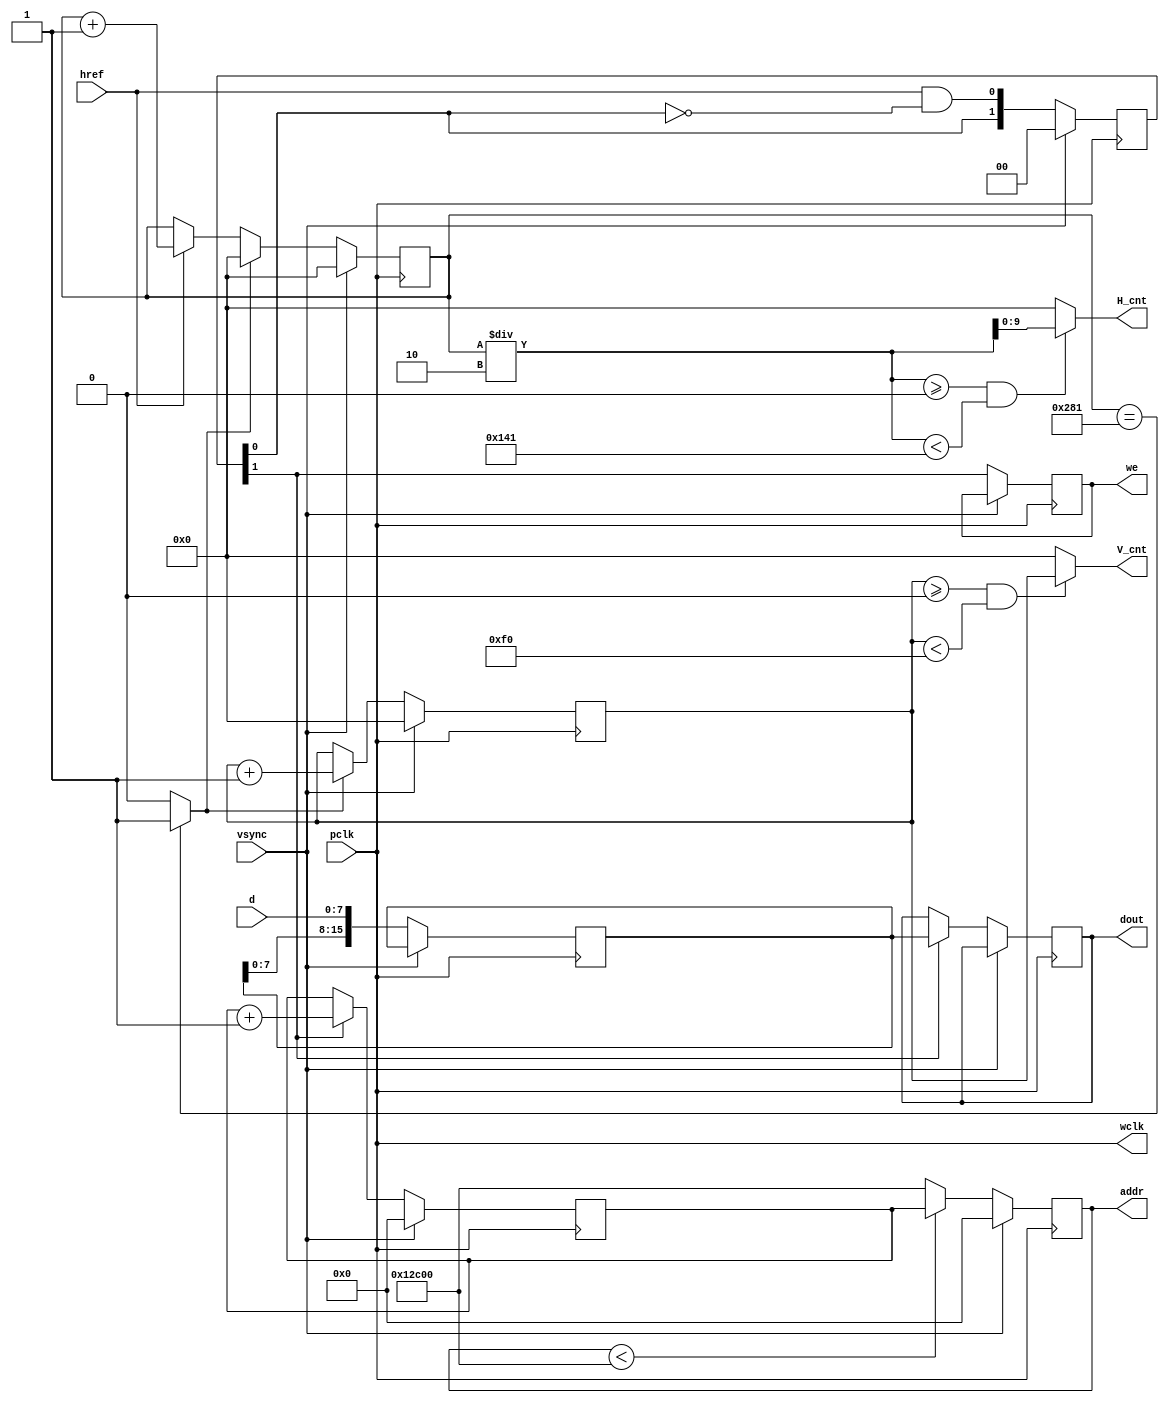
`timescale 1ns / 1ns
//////////////////////////////////////////////////////////////////////////////////
// Company: Xilinx
// 
// Design Name: Interface IP
// Module Name: cam_ov7670_ov7725
// Project Name: cam_ov7670_ov7725
// Target Devices: 
// Tool Versions: 
// Description: 
// 
// Dependencies: 
// 
// Revision:
// Revision 0.01 - File Created
// Additional Comments:
// 
//////////////////////////////////////////////////////////////////////////////////

module cam_ov7670_ov7725 #(parameter H_cnt_max = 320,
                           parameter V_cnt_max = 240) (
    input pclk,
    input vsync,
    input href,
    input[7:0] d,
    output[9:0] H_cnt,
    output[9:0] V_cnt,
    output[16:0] addr,
    output reg[15:0] dout,
    output reg we,
    output wclk
);

localparam all_cnt = H_cnt_max * V_cnt_max;

reg [15:0] d_latch = 16'b0;
reg [16:0] address = 17'b0;
reg [16:0] address_next = 17'b0;
reg [1:0] wr_hold = 2'b0;

assign addr = address;
assign wclk = pclk;

reg[9:0]hcnt,vcnt;
 
assign H_cnt = (hcnt/2>=0&&hcnt/2<H_cnt_max+1)?hcnt/2:0;
assign V_cnt = (vcnt>=0  &&vcnt<V_cnt_max)  ?vcnt  :0;

always@(posedge pclk) begin 
    if(vsync ==1) begin
        address <=17'b0;
        address_next <= 17'b0;
        wr_hold <=  2'b0;
    end
    else begin
        if(address<all_cnt)
            address <= address_next;
        else
            address <= all_cnt;
            
        we      <=  wr_hold[1];
        wr_hold <= {wr_hold[0],(href&&(!wr_hold[0]))};
        d_latch <= {d_latch[7:0],d};

        if(wr_hold[1]==1) begin
            address_next <=address_next+1;
            dout[15:0] <= {d_latch[15:11],d_latch[10:5],d_latch[4:0]};
        end
    end
end

wire newVsignal;
assign newVsignal = hcnt == 2*H_cnt_max+1? 1'b1 : 1'b0;

always@(posedge pclk) begin 
    if(vsync ==1) begin
        vcnt <= 0;
        hcnt <= 0;
    end
    else begin         
        if(newVsignal) begin
            vcnt <= vcnt+1;
            hcnt <= 0;
        end
        else if(href==1) begin
            hcnt <= hcnt+1;
        end
    end
end

endmodule